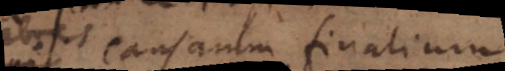
egii causarum finalium